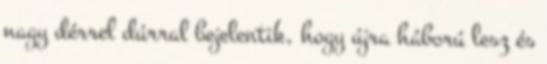
nagy dérrel dúrral bejelentik, hogy újra háború lesz és